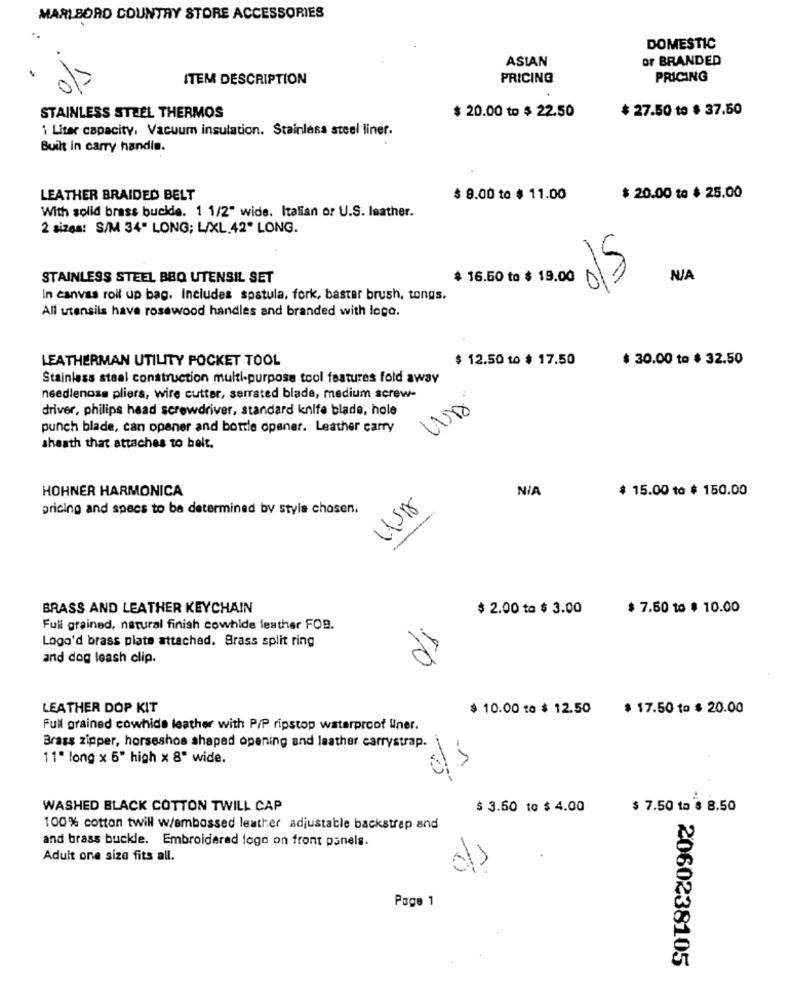
MARLBORO COUNTRY STORE ACCESSORIES
DOMESTIC
ASIAN
or BRANDED
ITEM DESCRIPTION
PRICING
PRICING
$ 20.00 to $ 22.50
$ 27.50 to $ 37.50
STAINLESS STEEL THERMOS
1 Liter capacity, Vacuum insulation. Stainless steel liner.
Built in carry handle.
LEATHER BRAIDED BELT
$ 9.00 to $ 11.00
$ 20.00 to $ 25.00
With solid brass buckde. 1 1/2" wide. Italian or U.S. leather.
2 sizes: S/M 34" LONG; L/XL.42" LONG.
STAINLESS STEEL BBQ UTENSIL SET
$ 16.50 to $ 19.00
015
In canvas roll up bag. Includes spatula, fork, bastar brush, tongs.
All utensils have rosewood handles and branded with logo.
LEATHERMAN UTILITY POCKET TOOL
$ 12.50 to $ 17.50
$ 30.00 to $ 32.50
Stainless steel construction multi-purpose tool features fold away
needlenose pliers, wire cutter, serrated blade, medium screw-
WA
driver, philips head screwdriver, standard knife blade, hole
punch blade, can opener and bottle opener. Leather carry
sheath that attaches to belt.
HOHNER HARMONICA
$ 15.00 to $ 150.00
pricing and specs to be determined by style chosen.
USA
BRASS AND LEATHER KEYCHAIN
$ 2.00 to $ 3.00
$ 7.50 to $ 10.00
Full grained, natural finish cowhide leather FOR.
Logo'd brass plate attached. Brass split ring
and dog leash clip.
LEATHER DOP KIT
$ 10.00 to $ 12.50
$ 17.50 to $ 20.00
Full grained cowhide leather with P/P ripstop waterproof liner.
Brass zipper, horseshoe shaped opening and leather carrystrap.
11" long x 5" high x 8" wide.
WASHED BLACK COTTON TWILL CAP
$ 3.60 to $ 4.00
$ 7.50 to $ 8.50
100% cotton twill w/embossed leather adjustable backstrap and
and brass buckle. Embroidered logo on front panels.
Adult one size fits all.
1
Page 1
2060238105